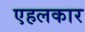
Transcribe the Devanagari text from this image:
एहलकार